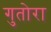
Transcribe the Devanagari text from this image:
गुतोरा